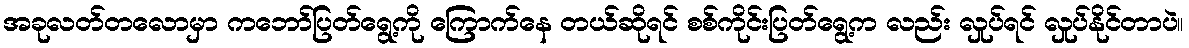
အခုလတ်တလောမှာ ကဘော်ပြတ်ရွေ့ကို ကြောက်နေ တယ်ဆိုရင် စစ်ကိုင်းပြတ်ရွေ့က လည်း လှုပ်ရင် လှုပ်နိုင်တာပဲ။